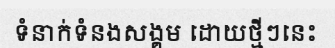
ទំនាក់ទំនងសង្គម ដោយថ្មីៗនេះ